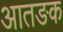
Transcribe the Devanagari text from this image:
आतङक